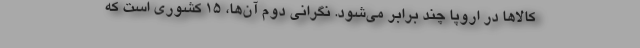
کالاها در اروپا چند برابر می‌شود. نگرانی دوم آن‌ها، ۱۵ کشوری است که